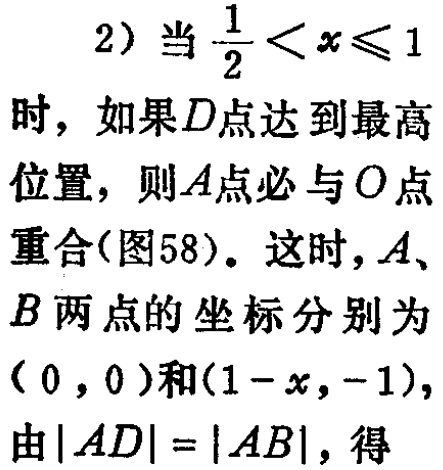
2）当$\frac{1}{2}<x\leqslant1$时，如果$D$点达到最高位置，则$A$点必与$O$点重合(图58)。这时，$A、B$两点的坐标分别为$(0，0)$和$(1 - x，-1)$，由$|AD| = |AB|$，得